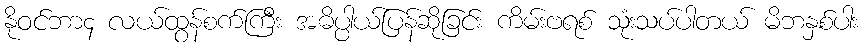
နိုဝင်ဘာ၄ လယ်ထွန်စက်ကြီး အဓိပ္ပါယ်ပြန်ဆိုခြင်း ကိမ်းဗရစ် သုံးသပ်ပါတယ် မိဘနှစ်ပါး